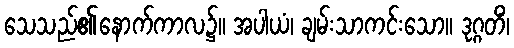
သေသည်၏နောက်ကာလ၌။ အပါယံ၊ ချမ်းသာကင်းသော။ ဒုဂ္ဂတိံ၊